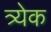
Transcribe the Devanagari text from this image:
त्र्येक